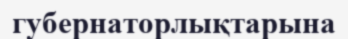
губернаторлықтарына